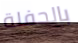
بالحفلة